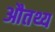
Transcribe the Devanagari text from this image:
औतथ्य